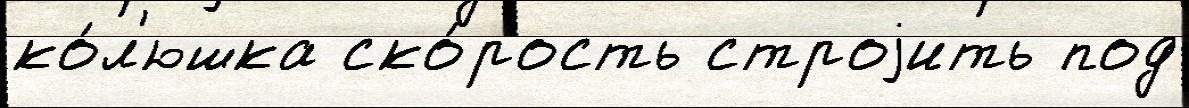
ко́л'юшка ско́рость строjить под